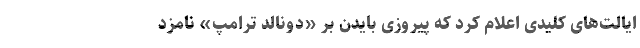
ایالت‌های کلیدی اعلام کرد که پیروزی بایدن بر «دونالد ترامپ» نامزد